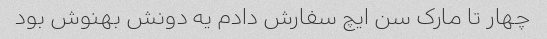
چهار تا مارک سن ایچ سفارش دادم یه دونش بهنوش بود